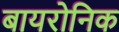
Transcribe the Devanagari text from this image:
बायरोनिक